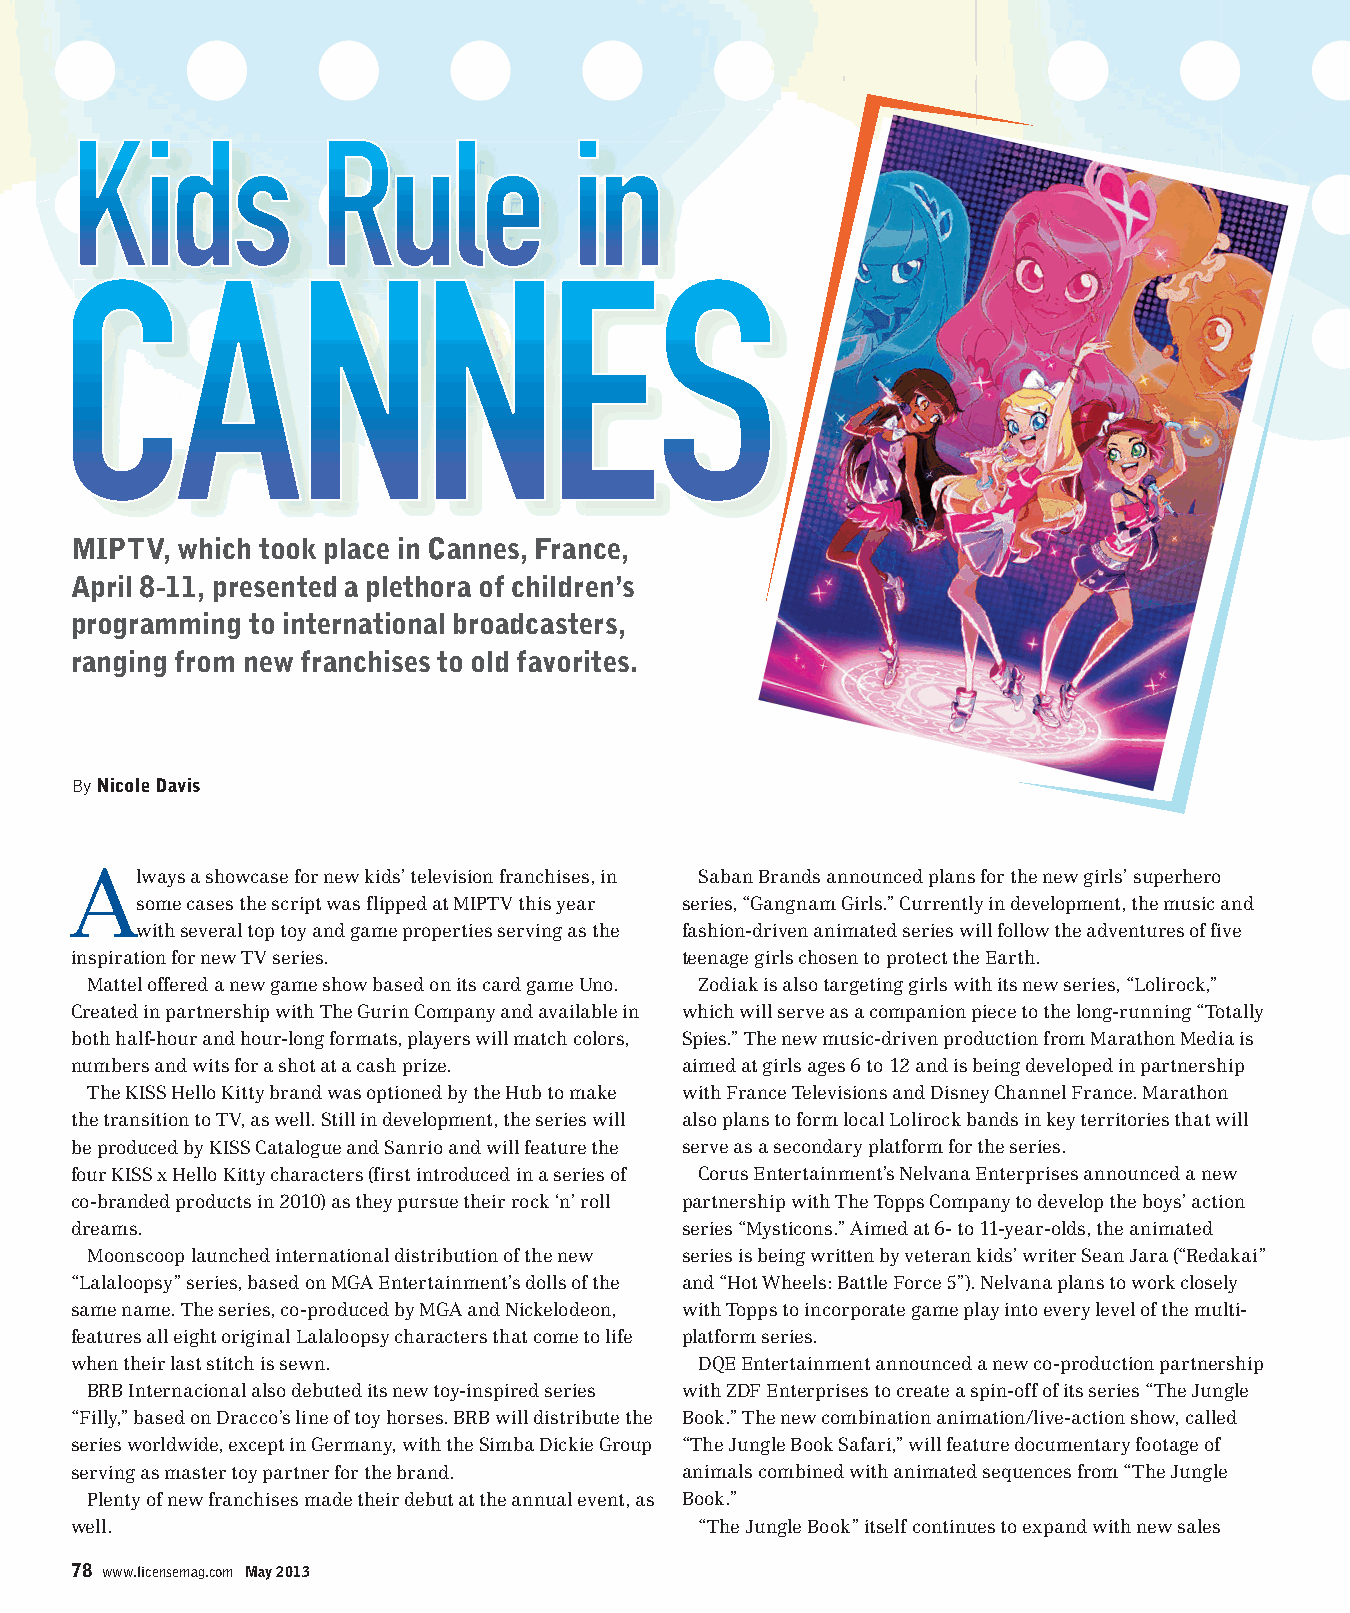
MIPTV, which took place in Cannes, France,
 April 8-11, presented a plethora of children’s
 programming to international broadcasters,
 ranging from new franchises to old favorites.
 By Nicole Davis
 Always  a showcase for new kids’ television franchises, in Saban Brands announced plans for the new girls’ superhero
 some cases the script was flipped at MIPTV this year series, “Gangnam Girls.” Currently in development, the music and
 with several top toy and game properties serving as the fashion-driven animated series will follow the adventures of five
 inspiration for new TV series.           teenage girls chosen to protect the Earth.
 Mattel offered a new game show based on its card game Uno. Zodiak is also targeting girls with its new series, “Lolirock,”
 Created in partnership with The Gurin Company and available in which will serve as a companion piece to the long-running “Totally
 both half-hour and hour-long formats, players will match colors, Spies.” The new music-driven production from Marathon Media is
 numbers and wits for a shot at a cash prize. aimed at girls ages 6 to 12 and is being developed in partnership
 The KISS Hello Kitty brand was optioned by the Hub to make with France Televisions and Disney Channel France. Marathon
 the transition to TV, as well. Still in development, the series will also plans to form local Lolirock bands in key territories that will
 be produced by KISS Catalogue and Sanrio and will feature the serve as a secondary platform for the series.
 four KISS x Hello Kitty characters (first introduced in a series of Corus Entertainment’s Nelvana Enterprises announced a new
 co-branded products in 2010) as they pursue their rock ‘n’ roll partnership with The Topps Company to develop the boys’ action
 dreams.                                  series “Mysticons.” Aimed at 6- to 11-year-olds, the animated
 Moonscoop launched international distribution of the new series is being written by veteran kids’ writer Sean Jara (“Redakai”
 “Lalaloopsy” series, based on MGA Entertainment’s dolls of the and “Hot Wheels: Battle Force 5”). Nelvana plans to work closely
 same name. The series, co-produced by MGA and Nickelodeon, with Topps to incorporate game play into every level of the multi-
 features all eight original Lalaloopsy characters that come to life platform series.
 when their last stitch is sewn.           DQE Entertainment announced a new co-production partnership
 BRB Internacional also debuted its new toy-inspired series with ZDF Enterprises to create a spin-off of its series “The Jungle
 “Filly,” based on Dracco’s line of toy horses. BRB will distribute the Book.” The new combination animation/live-action show, called
 series worldwide, except in Germany, with the Simba Dickie Group “The Jungle Book Safari,” will feature documentary footage of
 serving as master toy partner for the brand. animals combined with animated sequences from “The Jungle
 Plenty of new franchises made their debut at the annual event, as Book.”
 well.                                     “The Jungle Book” itself continues to expand with new sales
 78 www.licensemag.com May 2013
 mbcyyelaaallcgonkewnta                             ES245929_lic0513_078.pgs 05.03.2013 05:04 ADV